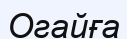
Огайға